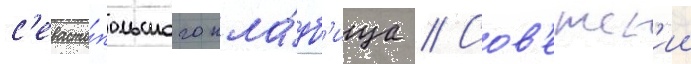
с'евасто́польского кла́дб'ища // Сов'етск'ии